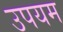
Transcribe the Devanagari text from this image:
उपयम